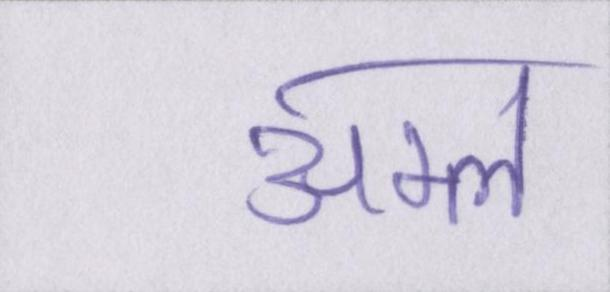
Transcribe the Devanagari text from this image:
अम्ल